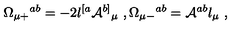
\Omega _ { \mu + } { } ^ { a b } = - 2 l ^ { [ a } { \cal A } ^ { b ] } { } _ { \mu } \ , \Omega _ { \mu - } { } ^ { a b } = { \cal A } ^ { a b } l _ { \mu } \ ,